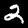
Digit: 2